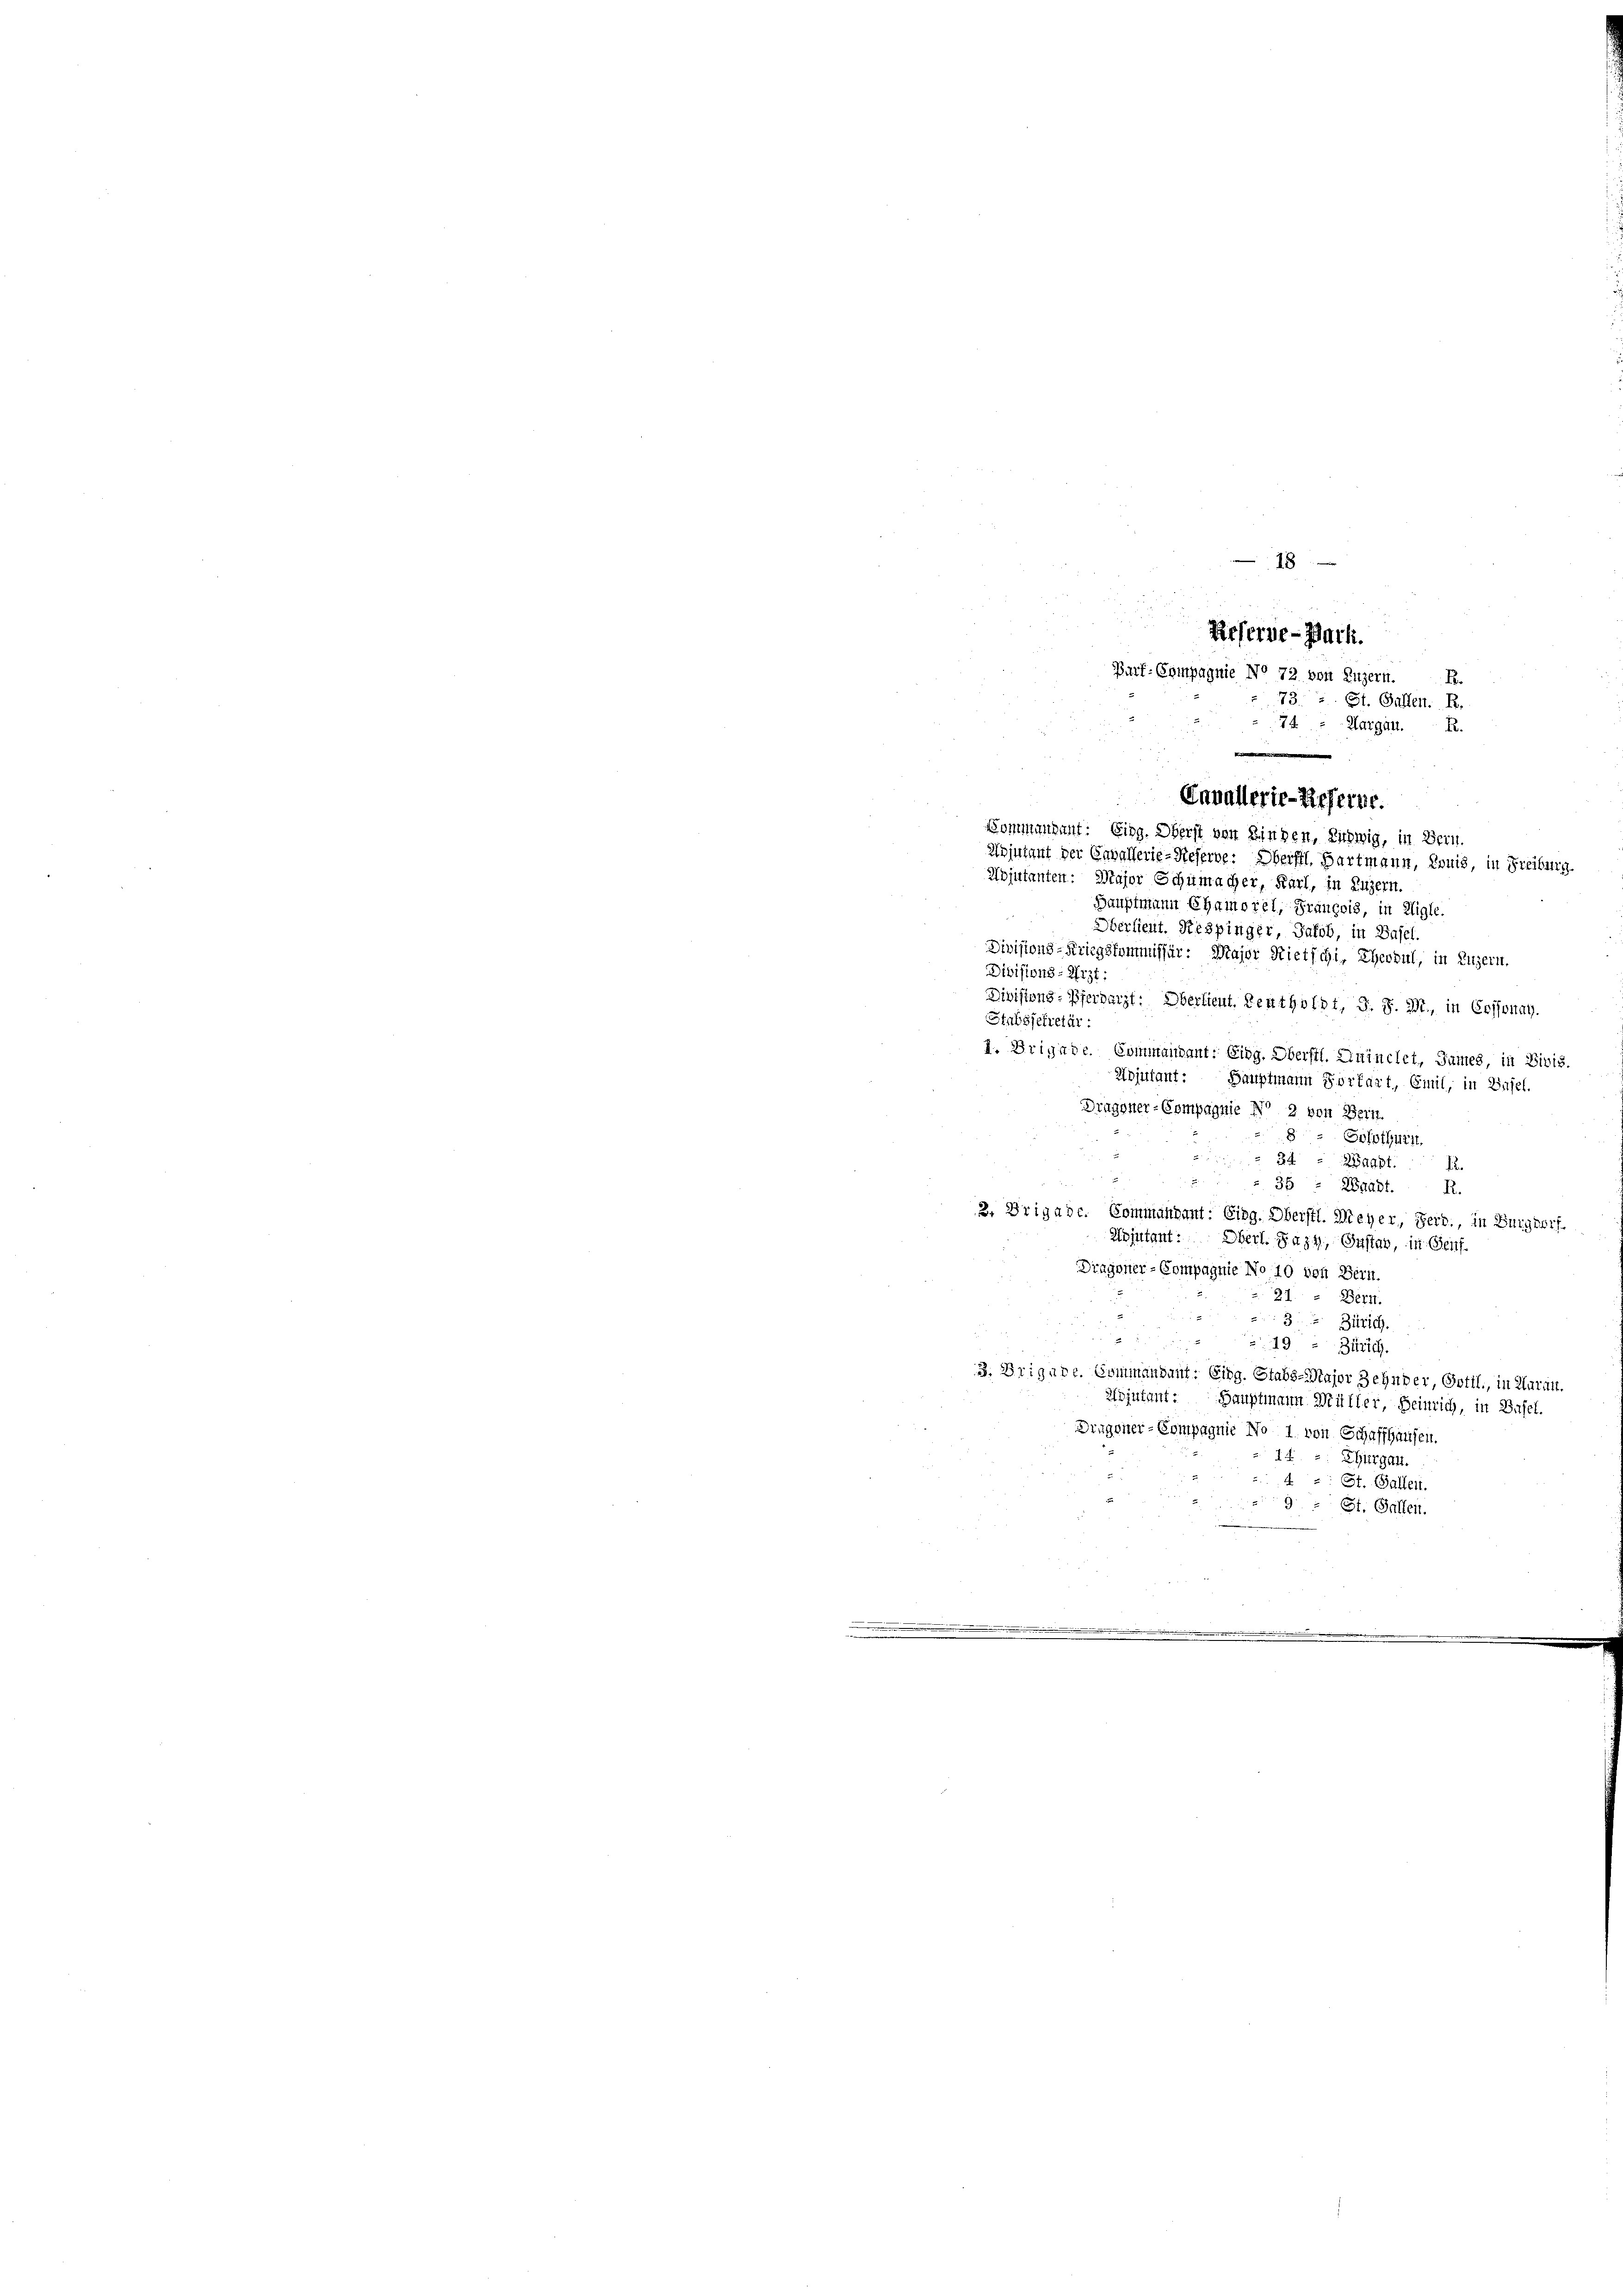
—
8
R.
74 - Margau.  R.
Adjutanten: Major Schumacher, Karl, in Luzern.
Hauptmann Chamorel, François, in Aigle.
Oberlieut. Respinger, Jakob, in Basel.
Divisions-Kriegskommissur: Major Rietschi, Theobul, in Luzern.
Divisions-Arzt:
Divisions-Pferdarzt: Oberlieut. Leutholdt, G. P. M., in Cossonay,
Stabsjekretär:
1. Brigade. Commaiant: Eing. Oberstl. Aninclet, Sumes, in Divis.
Adjutant: Hauptmann Vorfart, Emil, in Basel.
Dragoner-Compagnie No 2 von Bern.
8 = Solothurn,
34
apt.
35
Waadt. R.
2. Brigade. Commandant: Eing. Oberstl. Meyer, Ferd., in Burger
Nojutant: Oberl. Faz4, Instag, in Genf.
Dragoner-Compagnie No 10 von Bern.
22.
Bern
3
Zürich.

49 - Zürich.
3. Brigade. Sommandant: Eing. Stabs-Major Zehnder, Gottl., in Kurat
Adjutant. Hauptmann Müller, Heinrich, in Basel.
Dingener-Compagnie No 1. von Schaffhausen.
14
Zhurgau.
St. Gallen.
St. Gallen.

Reserve-Pach.
Burf-Compagnie No 72 von Luzern.
73. 2. St. Gallen. R

.
Cavallerie-Referne.
Bommandant: Eing. Oberst von Kinden, Ziehwig, in Bern.
Adjutant der Engallerie-Reserve: Oberstl. Hartmann, Eruis, in Freiburg.